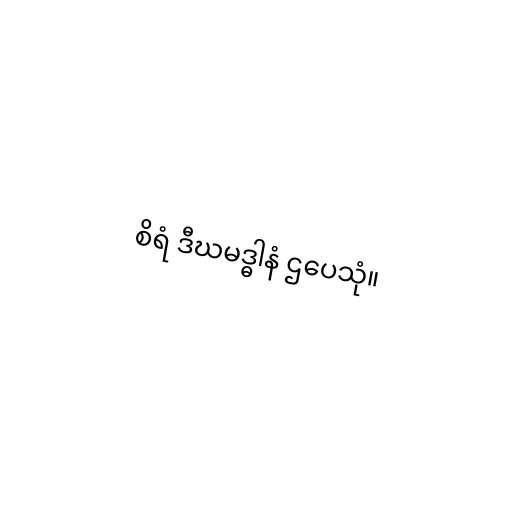
စိရံ ဒီဃမဒ္ဓါနံ ဌပေသုံ။